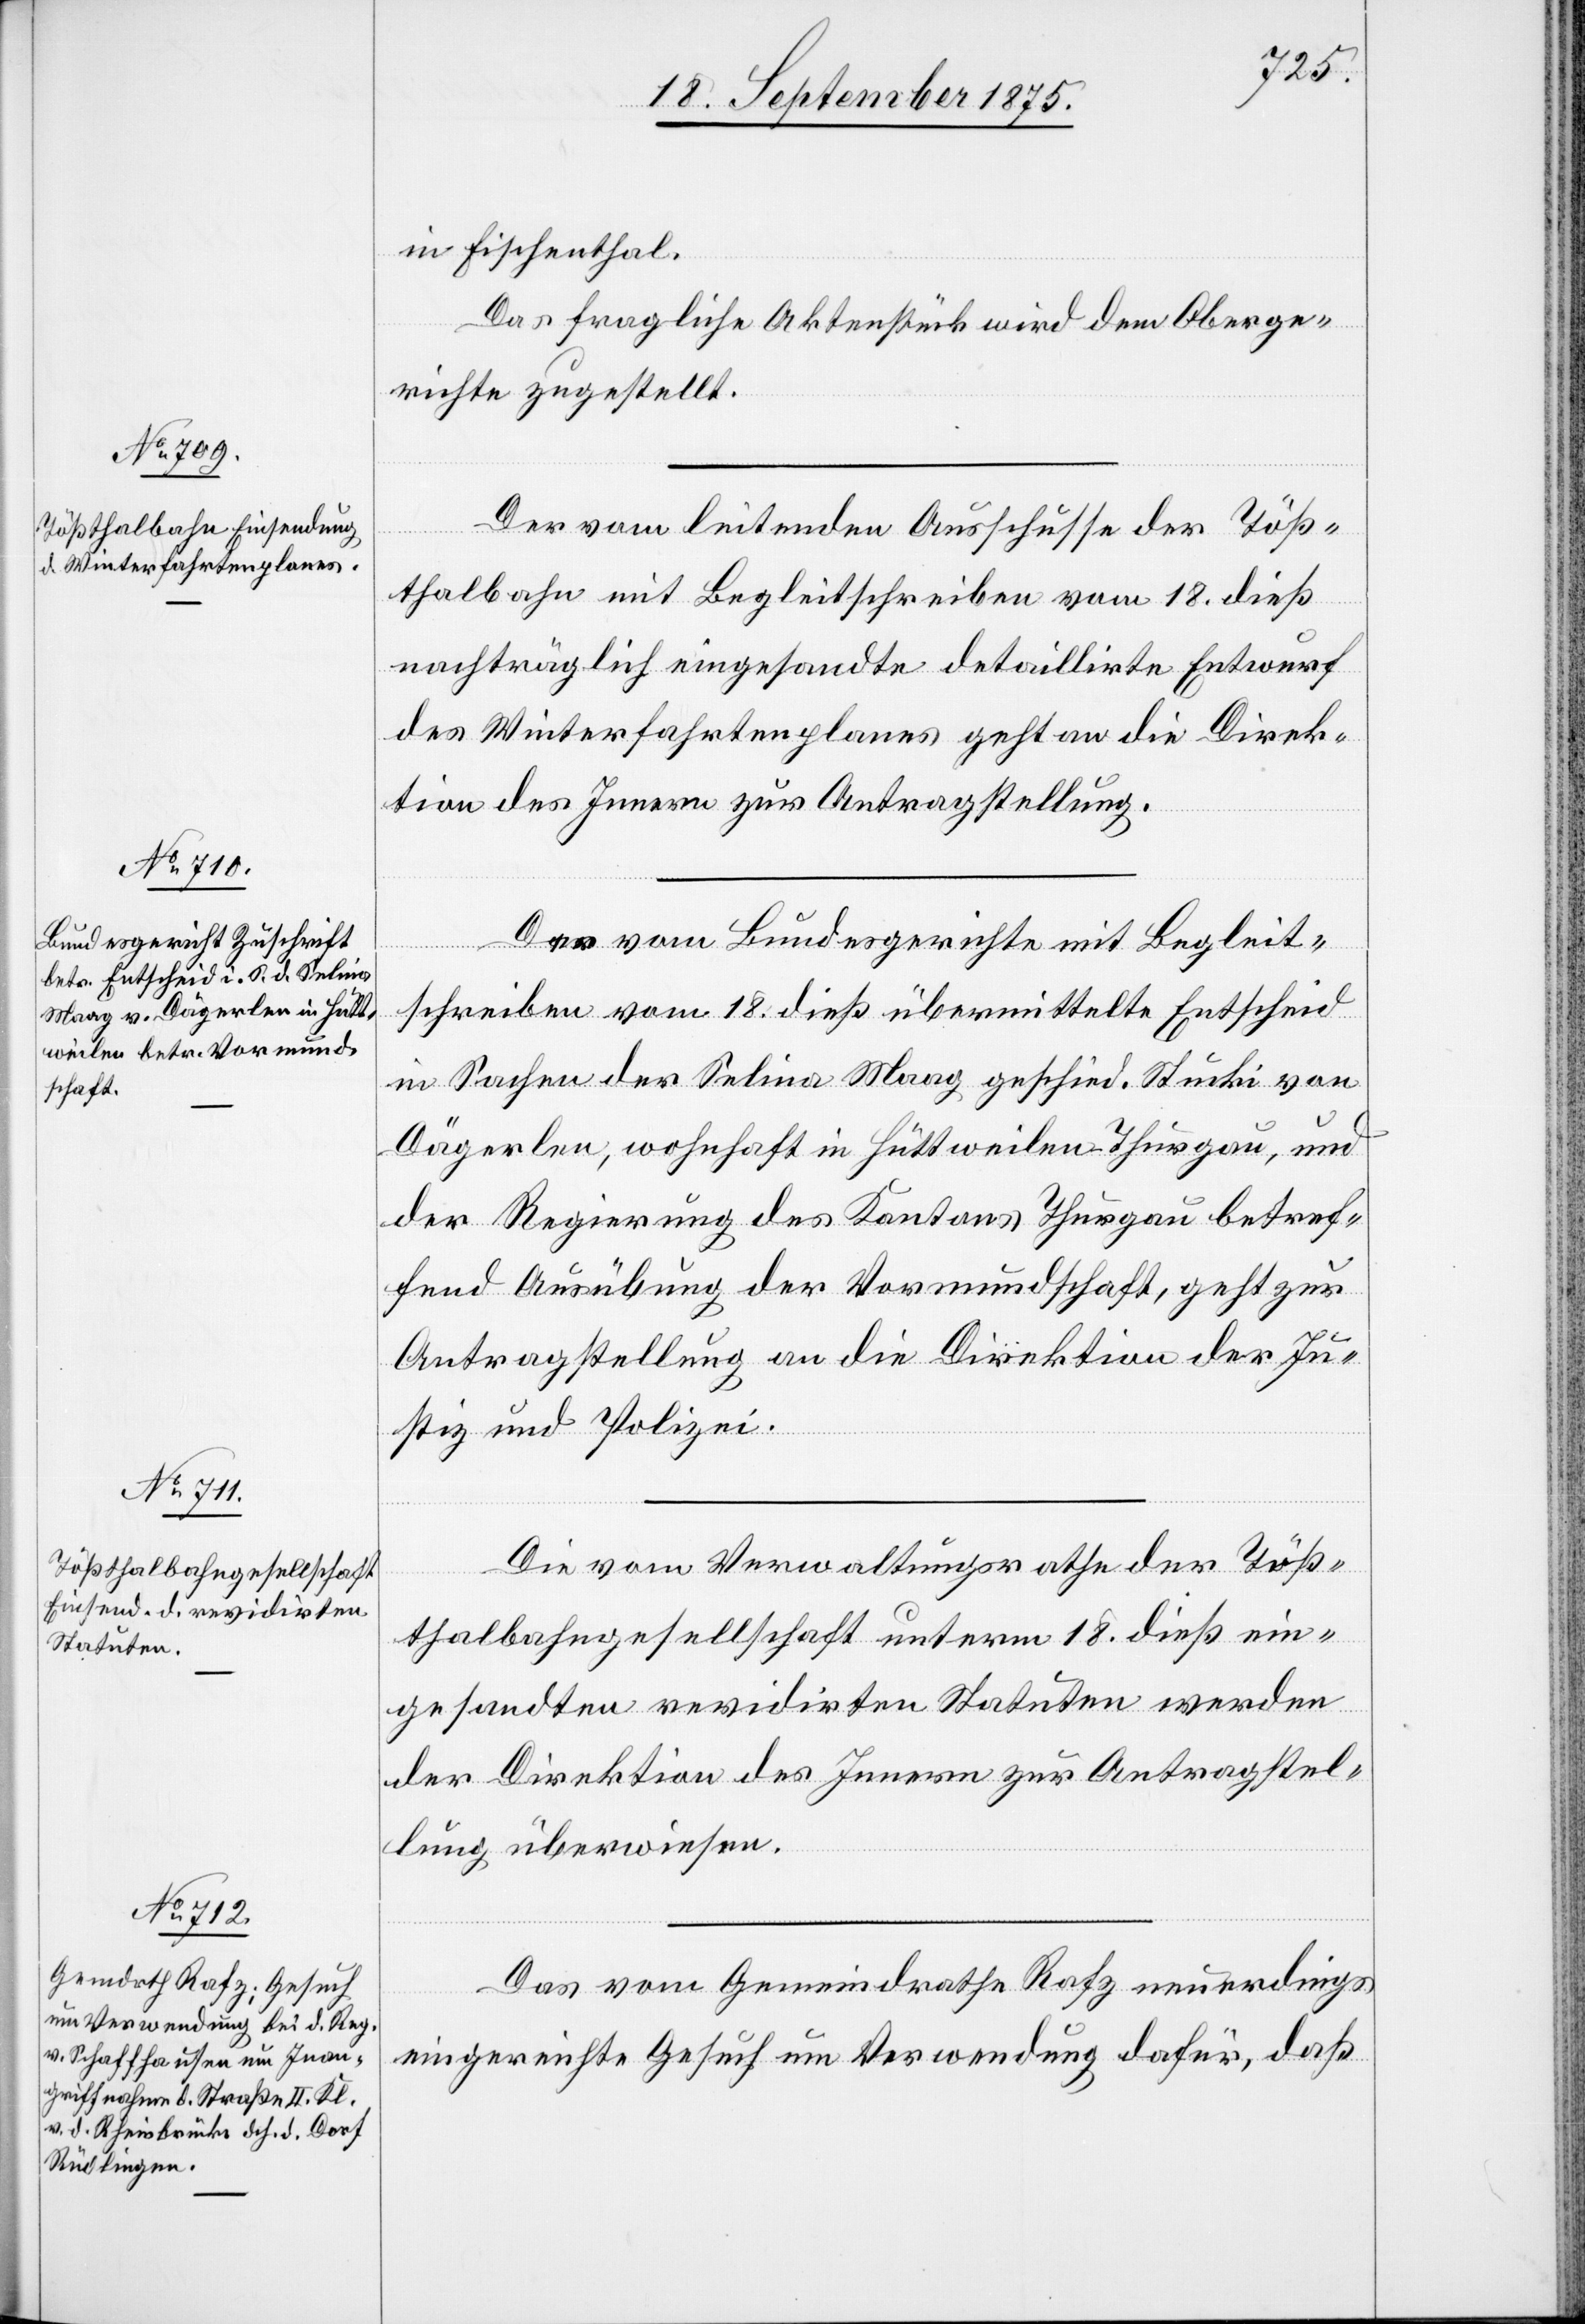
21. September 1875.]
in Fischenthal.
Das fragliche Aktenstück wird dem Oberge¬
richte zugestellt.
Der vom leitenden Ausschusse der Töß¬
thalbahn mit Begleitschreiben vom 18. dieß
nachträglich eingesandte detaillirte Entwurf
des Winterfahrtenplanes geht an die Direk¬
tion des Innern zur Antragstellung.
Der vom Bundesgerichte mit Begleit¬
schreiben vom 18. dieß übermittelte Entscheid
in Sachen der Selina Maag geschied. Stucki von
Dägerlen, wohnhaft in Hüttweilen Thurgau, und
der Regierung des Kantons Thurgau betref¬
fend Ausübung der Vormundschaft, geht zur
Antragstellung an die Direktion der Ju¬
stiz und Polizei.
Die vom Verwaltungsrathe der Töß¬
thalbahngesellschaft unterm 18. dieß ein¬
gesandten revidirten Statuten werden
der Direktion des Innern zur Antragstel¬
lung überwiesen.
Das vom Gemeindrathe Rafz neuerdings
eingereichte Gesuch um Verwendung dafür, daß